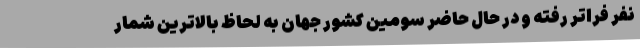
نفر فراتر رفته و در حال حاضر سومین کشور جهان به لحاظ بالاترین شمار